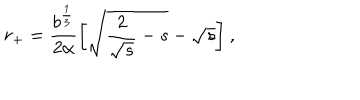
r _ { + } = \frac { b ^ { \frac 1 3 } } { 2 \alpha } { \biggl [ } \sqrt { \frac { 2 } { \sqrt { s } } - s } - \sqrt { s } { \biggr ] } \: ,